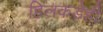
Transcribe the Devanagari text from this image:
हिलकडेही